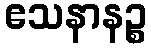
ဧသနာနဉ္စ